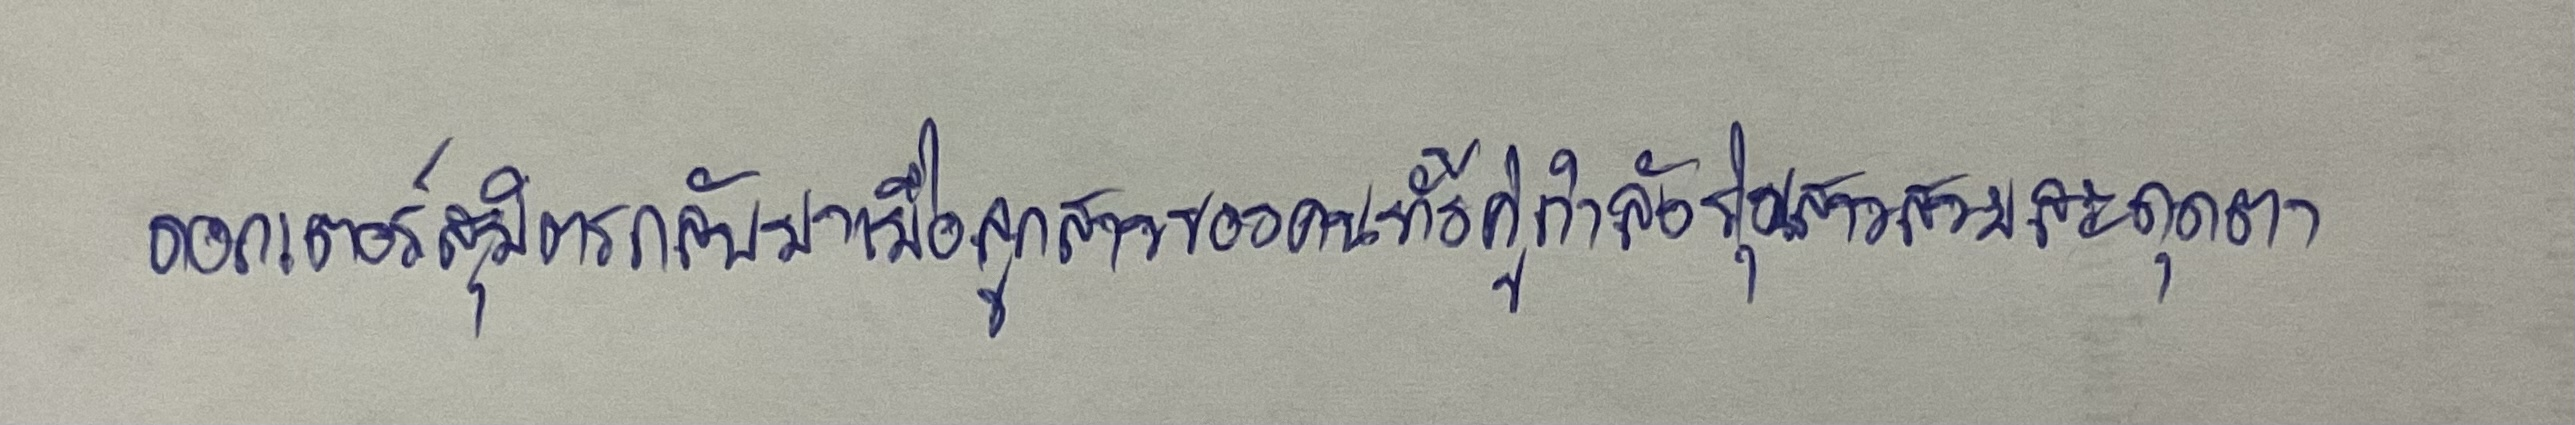
ดอกเตอร์สุมิตรกลับมาเมื่อลูกสาวของคนทั้งคู่กำลังรุ่นสาวสวยสะดุดตา